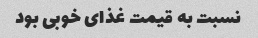
نسبت به قیمت غذای خوبی بود